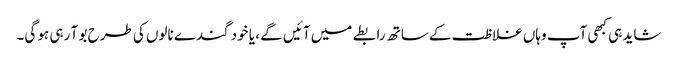
شاید ہی کبھی آپ وہاں غلاظت کے ساتھ رابطے میں آئیں گے ، یا خود گندے نالوں کی طرح بو آ رہی ہو گی۔